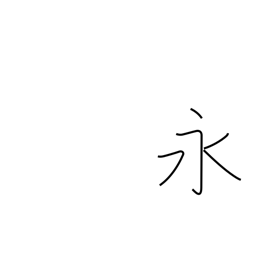
Meaning: long